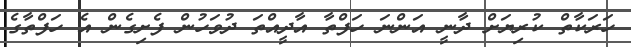
ހަރަކާތް ކުރިޔަށް ދާނީ އަންނަ ހަފްތާ އާދީއްތަ ދުވަހުން ފެށިގެން އެ ހަފްތާގެ